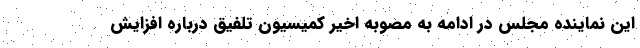
این نماینده مجلس در ادامه به مصوبه اخیر کمیسیون تلفیق درباره افزایش